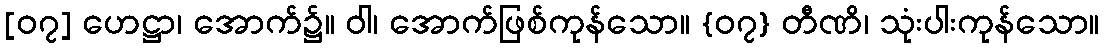
[၀၇] ဟေဋ္ဌာ၊ အောက်၌။ ဝါ၊ အောက်ဖြစ်ကုန်သော။ {၀၇} တီဏိ၊ သုံးပါးကုန်သော။